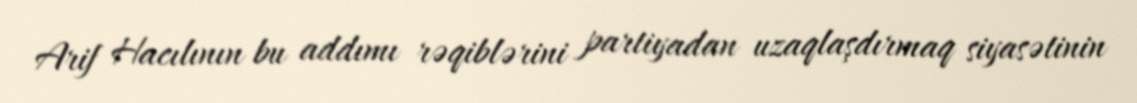
Arif Hacılının bu addımı rəqiblərini partiyadan uzaqlaşdırmaq siyasətinin